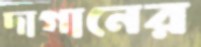
দাগানের